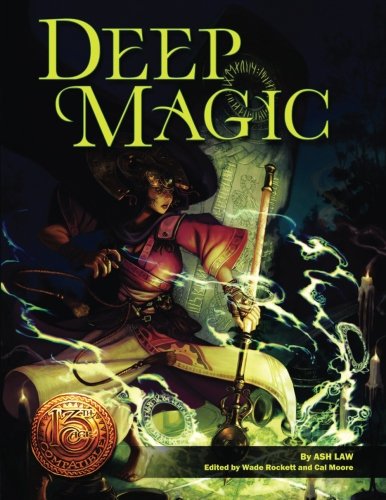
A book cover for Deep Magic: 13th Age Compatible Edition; Ash Law; Science Fiction & Fantasy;